Account of plague administration in the Bombay Presidency from September 1896 till May 1897
Year: 1896
Disease focus: Plague
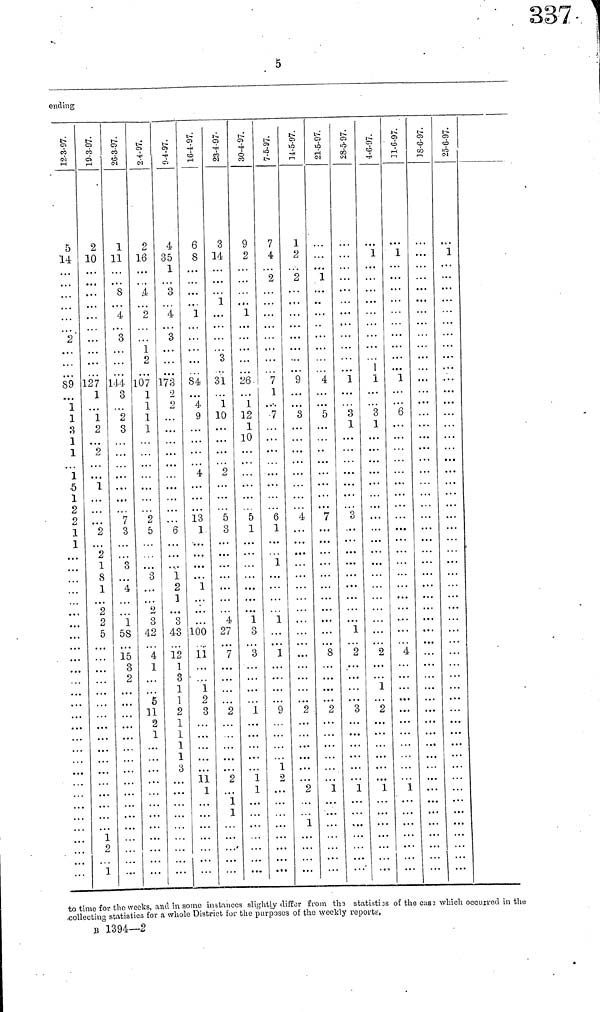
5
ending
12-3-97.
5
14
• . .
2
• · *
. . ·
89
1
1
3
1
1
1
5
1
2
2
1
1
...
.
.
.
. . .
...
...
. . .
...
19-3-97.
2
10
. . .
. . .
. . .
• · »
127
1
1
2
2
1
.. .
2
2
1
8
1
2
2
5
1
2
1
1
11
s
4.
3
1 t .
144
3
2
3
7
3
3
4
1
58
15
3
2
...
2-4-97.
2
16
.4
2
. . .
1
2
107
1
1.
1
1
2
5
3
2
3
42
4
1
...
S
11
2
1
9-4-97.
4
35
1
3
4
3
. . .
173
2
2
. . .
6
1
2
1
3
43
12
1
3
1
1
2
1
1
1
1
3
1
16-4-97.
6
8
1
. . .
84
4·
9
4
13
1
1
· ·
100
11
1
2
3
· ·
11
1
23-4-97.
3
14
1
. · .
3
31
. . .
1
10
. . .
2
5
3
4
27
7
2
. . .
2
1
1
30-4-97
9
2
1
26
...
1
12
1
10
5
1
1
3
3
1
.. .
1
1
7-5-97.
7
4
2
7
1
7
6
1
1
1
. . .
1
9
1
2
1-5-97.
1
2
2
9
3
4
2
2
1
21-5-97.
1
4
5
. . .
7
. . .
8
2
1
25-8-97.
. . .
1
3
1
3
1
2
3
1
4-6-97.
1
1
1
3
1
2
1
2
1
11-6-97.
1
.·.
1
6
. . .
4
. . .
1
18-6-97.
. . .
. . .
. . .
. . .
...
25-6-97.
1
. . .
to time for the weeks, and m some instances slightly differ from the statisties of the case which occurred in the
collecting statistics for a whole District for the purposes of the weekly reports,
Β 1394—2